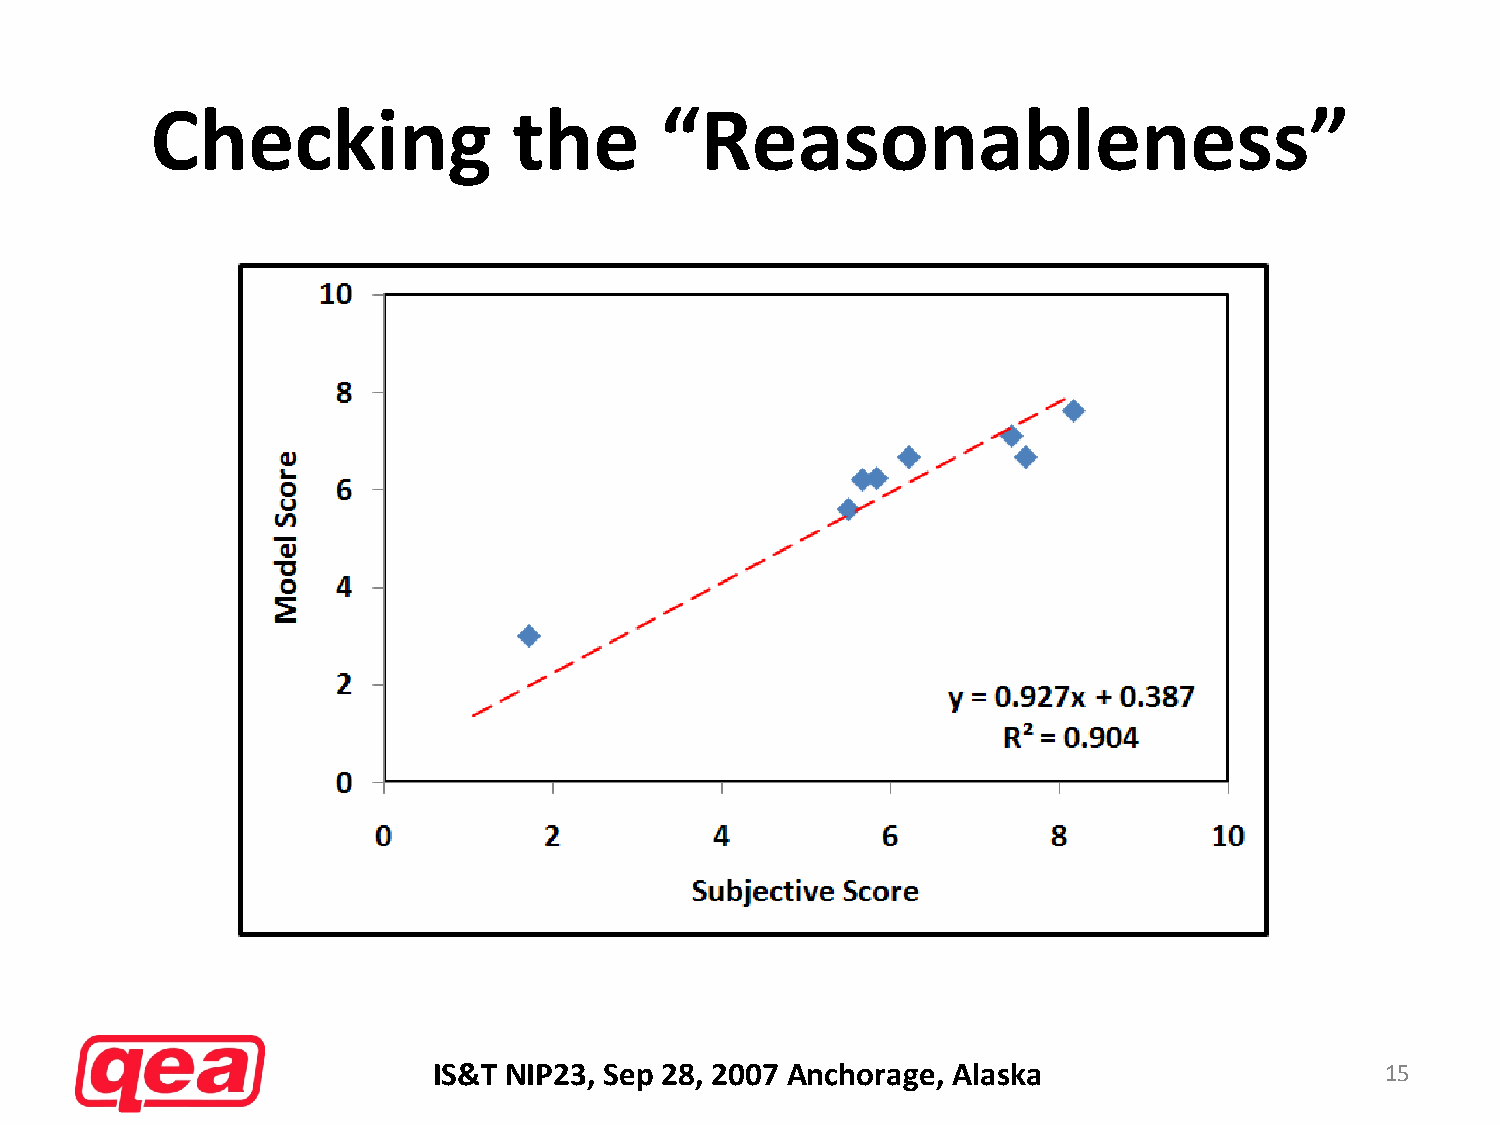
Checking                the       “Reasonableness”
 IS&T NIP23, Sep 28, 2007 Anchorage, Alaska                     15